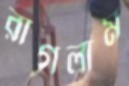
রাগলাম